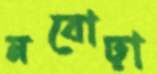
নবোঢ়া